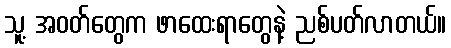
သူ့ အဝတ်တွေက ဖာထေးရာတွေနဲ့ ညစ်ပတ်လာတယ်။